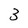
Character: 3